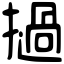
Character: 撾